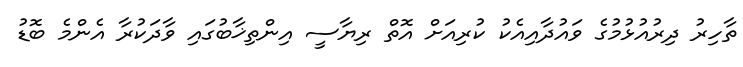
ތާހިރު ދިރުއުޅުމުގެ ވައުދާއިއެކު ކުރިއަށް އޮތް ރިޔާސީ އިންތިޚާބުގައި ވާދަކުރާ އެންމެ ބޮޑު